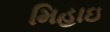
મિહાઇ